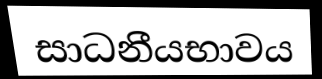
සාධනීයභාවය